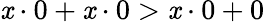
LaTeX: \mathit{x}\cdot0+\mathit{x}\cdot0>\mathit{x}\cdot0+0